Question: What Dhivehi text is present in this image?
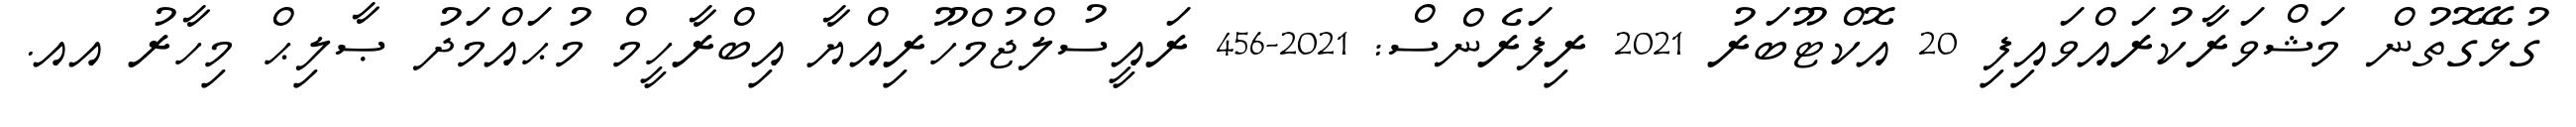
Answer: ގުޅޭގޮތުން މަޝްވަރާކުރައްވައިފި 20 އޮކްޓޫބަރު 2021 ރިފަރެންސް: 2021-456 ރައީސުލްޖުމްހޫރިއްޔާ އިބްރާހީމް މުޙައްމަދު ޞާލިޙް މިހާރު އއ.